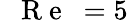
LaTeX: \mathrm{~\textit~{~R~e~}~}=5